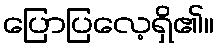
ပြောပြလေ့ရှိ၏။